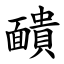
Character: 靧